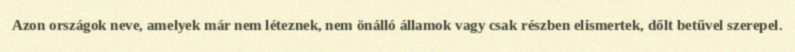
Azon országok neve, amelyek már nem léteznek, nem önálló államok vagy csak részben elismertek, dőlt betűvel szerepel.